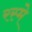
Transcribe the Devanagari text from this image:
रस्मे